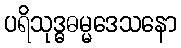
ပရိသုဒ္ဓဓမ္မဒေသနော